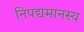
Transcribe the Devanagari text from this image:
निपद्यमानस्य